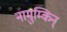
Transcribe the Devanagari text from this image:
नामुम्किन्